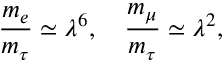
\frac { m _ { e } } { m _ { \tau } } \simeq \lambda ^ { 6 } , \quad \frac { m _ { \mu } } { m _ { \tau } } \simeq \lambda ^ { 2 } ,